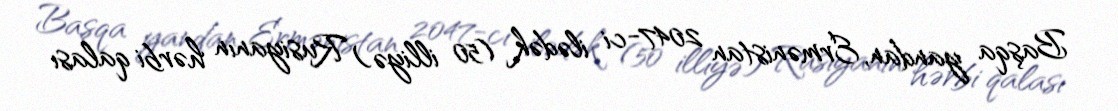
Başqa yandan, Ermənistan 2047-ci ilədək (50 illiyə) Rusiyanın hərbi qalası